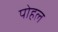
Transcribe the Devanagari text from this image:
पोहल